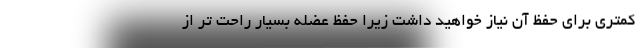
کمتری برای حفظ آن نیاز خواهید داشت زیرا حفظ عضله بسیار راحت تر از